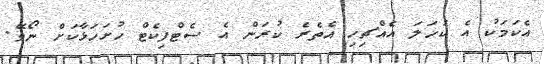
އެކަމަކު އެ ކަހަލަ އެއްޗިހި އެތެރެ ކުރަން އެ ސެޓްފިކެޓް ހުށަހަޅާކަށް ނޯވޭ.